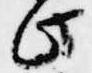
此